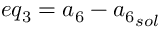
e q _ { 3 } = { a _ { 6 } } - { a _ { 6 } } _ { s o l }